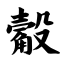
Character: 觳